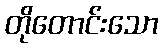
တိုတောင်းသော